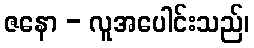
ဇနော - လူအပေါင်းသည်၊